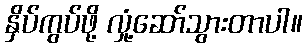
နှိပ်ကွပ်ဖို့ လှုံ့ဆော်သွားတာပါ။